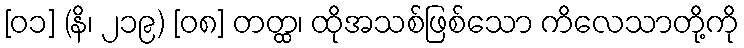
[၀၁] (နိ၊ ၂၁၉) [၀၈] တတ္ထ၊ ထိုအသစ်ဖြစ်သော ကိလေသာတို့ကို